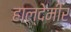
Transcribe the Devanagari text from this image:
हाल्देमीर